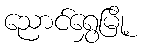
ညောင်ရွှေမြို့